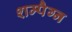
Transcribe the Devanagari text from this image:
शम्पैग्न